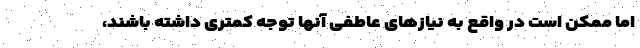
اما ممکن است در واقع به نیازهای عاطفی آنها توجه کمتری داشته باشند،